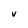
Character: V